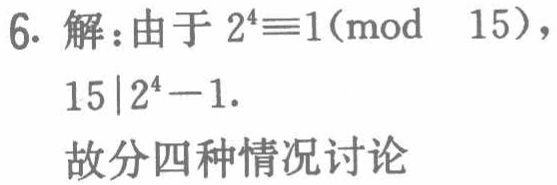
6. 解：由于 \(2^{4}\equiv1(\text{mod } 15)\)，

\(15|2^{4}-1\).

故分四种情况讨论